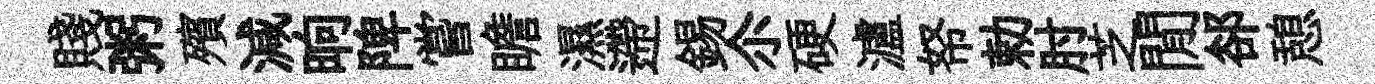
賤粥殯減晌陴嘗瞻濕遰錫尒硬瀘帑勅肘芝閒郤憩